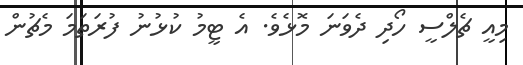
މިއީ ޗެލްސީ ހޯދި ދެވަނަ މޮޅެވެ. އެ ޓީމު ކުޅުނު ފުރަތަމަ މެޗުން